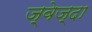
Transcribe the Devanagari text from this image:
ज़्वेज़्दा